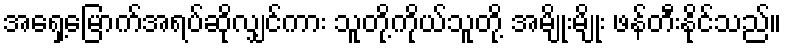
အရှေ့မြောက်အရပ်ဆိုလျှင်ကား သူတို့ကိုယ်သူတို့ အမျိုးမျိုး ဖန်တီးနိုင်သည်။